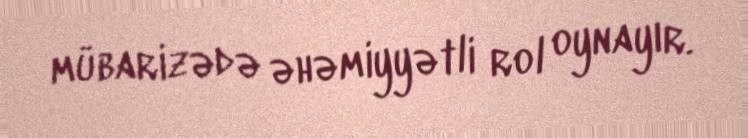
mübarizədə əhəmiyyətli rol oynayır.